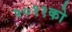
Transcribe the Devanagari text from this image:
२०११को